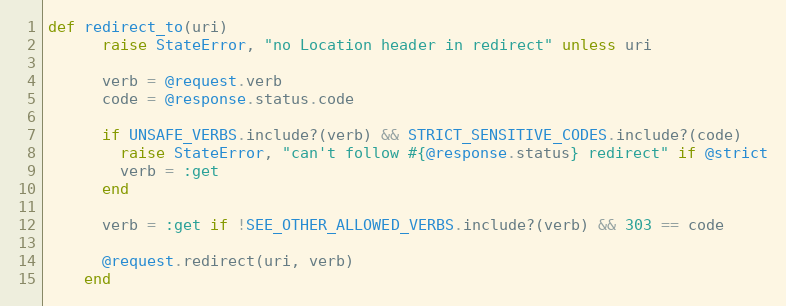
Language: Ruby
def redirect_to(uri)
      raise StateError, "no Location header in redirect" unless uri

      verb = @request.verb
      code = @response.status.code

      if UNSAFE_VERBS.include?(verb) && STRICT_SENSITIVE_CODES.include?(code)
        raise StateError, "can't follow #{@response.status} redirect" if @strict
        verb = :get
      end

      verb = :get if !SEE_OTHER_ALLOWED_VERBS.include?(verb) && 303 == code

      @request.redirect(uri, verb)
    end